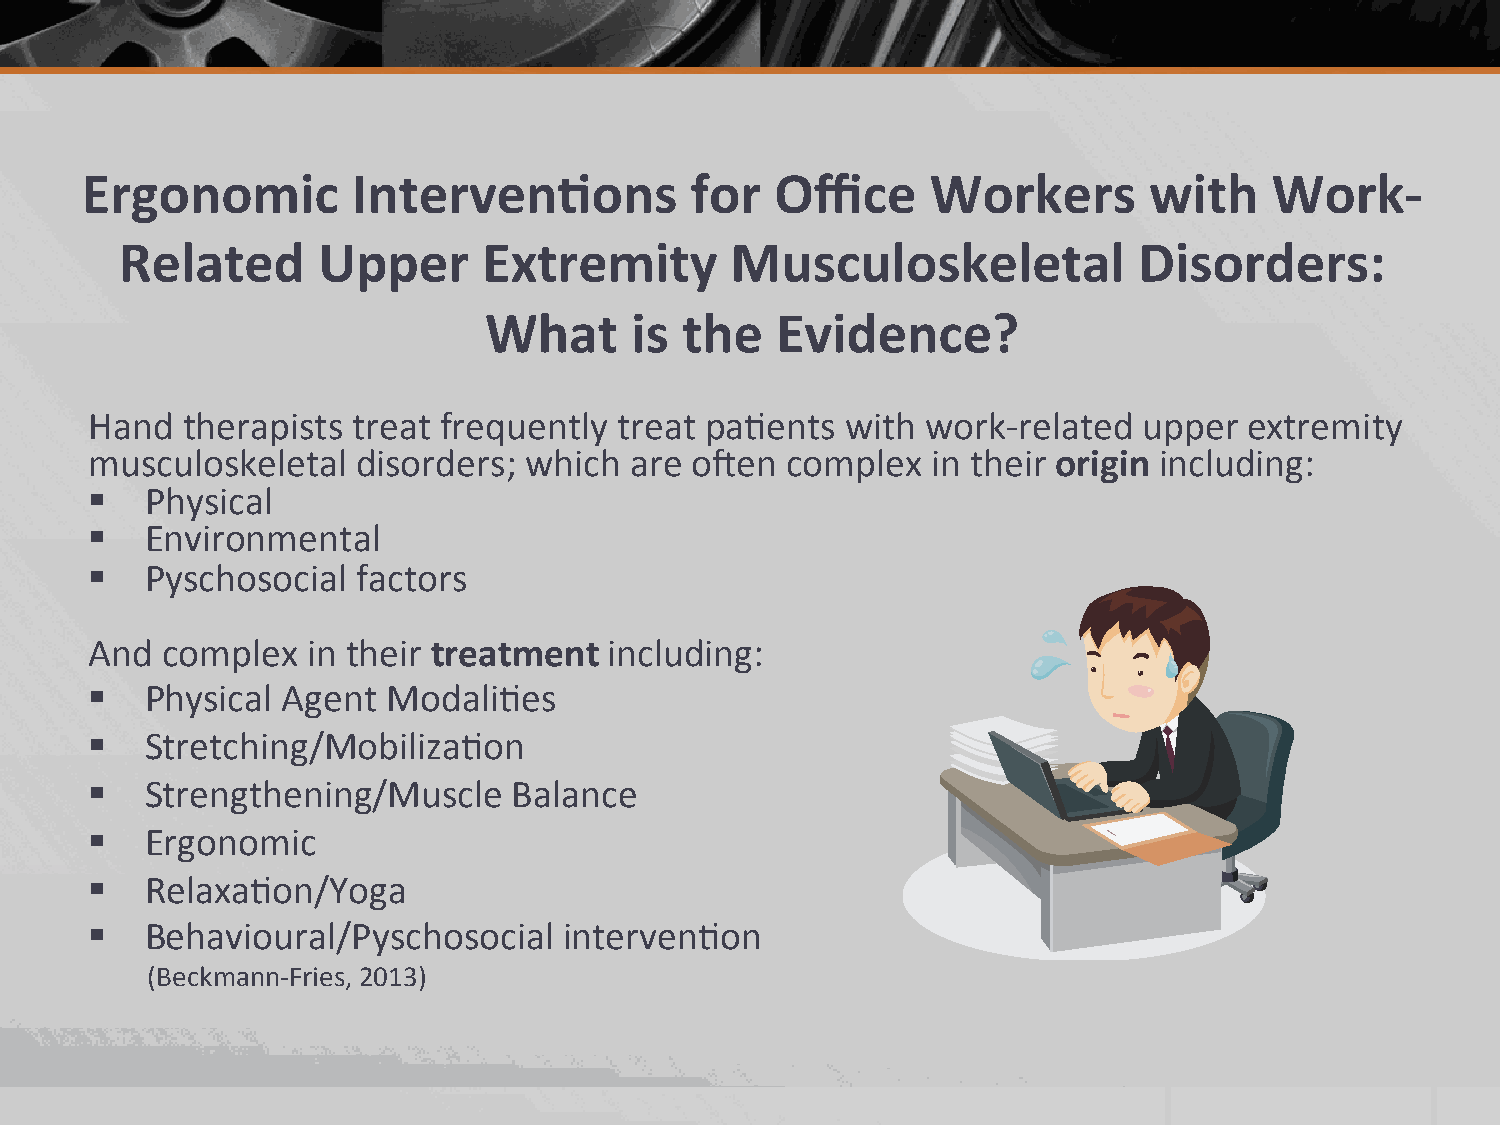
Ergonomic         Interven.ons           for  Office     Workers       with    Work-­‐
 Related      Upper      Extremity       Musculoskeletal            Disorders:
 What      is the   Evidence?
 Hand  therapists treat frequently  treat pa2ents  with work-­‐related upper  extremity
 musculoskeletal   disorders; which  are o;en  complex   in their origin including:
 §  Physical
 §  Environmental
 §  Pyschosocial  factors
 And  complex  in their treatment  including:
 §  Physical Agent  Modali2es
 §  Stretching/Mobiliza2on
 §  Strengthening/Muscle    Balance
 §  Ergonomic
 §  Relaxa2on/Yoga
 §  Behavioural/Pyschosocial   interven2on
 (Beckmann-­‐Fries, 2013)